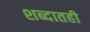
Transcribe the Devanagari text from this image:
शब्दातही